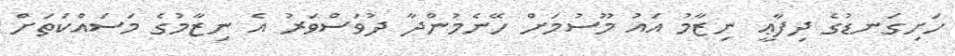
ހަށިގަނޑުގެ ދިފާޢީ ނިޒާމު އައު މޫސުމަށް ހޭނެމުންދާ ދުވަސްވަރު އެ ނިޒާމުގެ މަސައްކަތަށް